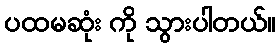
ပထမဆုံး ကို သွားပါတယ်။